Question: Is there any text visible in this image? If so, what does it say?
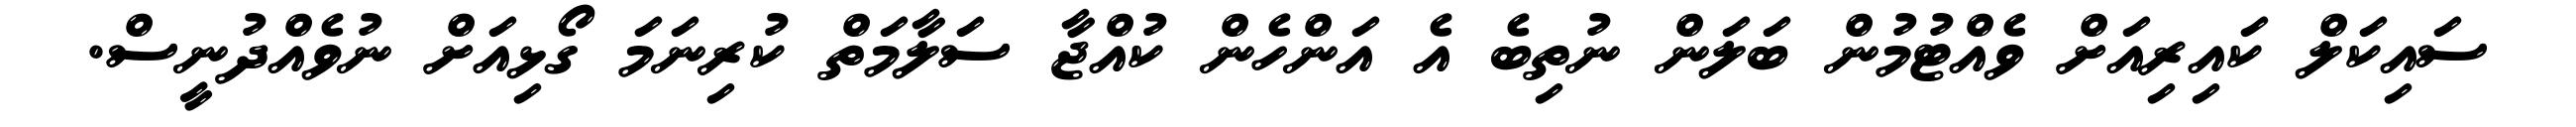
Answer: ސައިކަލް ކައިރިއަށް ވެއްޓުމުން ބަލަން ނުތިބެ އެ އަންހެން ކުއްޖާ ސަލާމަތް ކުރިނަމަ ގޯޅިއަށް ނުވެއްދުނީސް.